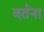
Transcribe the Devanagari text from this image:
वर्तना